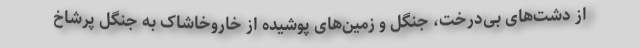
از دشت‌های بی‌درخت، جنگل و زمین‌های پوشیده از خاروخاشاک به جنگل پرشاخ